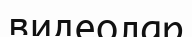
видеолар